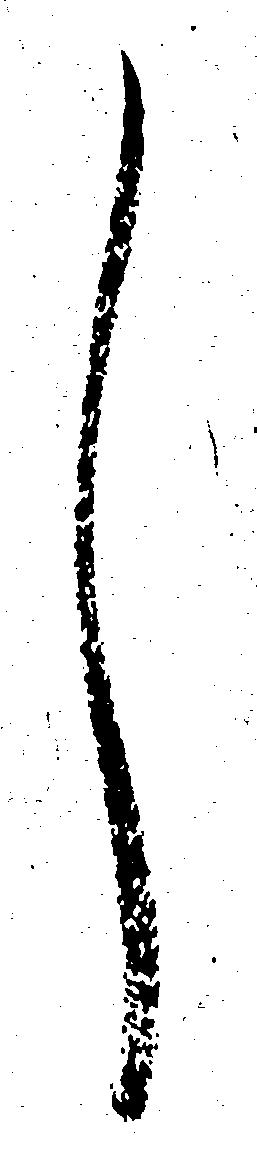
し